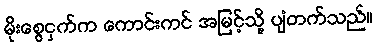
မိုးစွေငှက်က ကောင်းကင် အမြင့်သို့ ပျံတက်သည်။